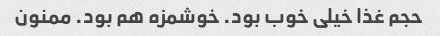
حجم غذا خیلی خوب بود. خوشمزه هم بود. ممنون